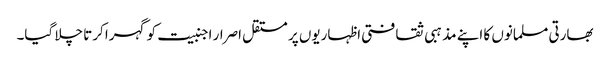
بھارتی مسلمانوں کا اپنے مذہبی ثقافتی اظہاریوں پر مستقل اصرار اجنبیت کو گہرا کرتا چلا گیا۔